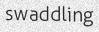
swaddling